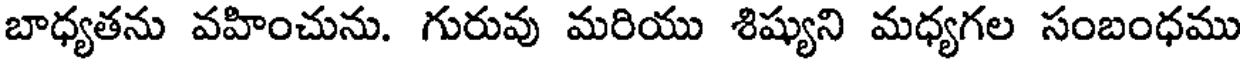
బాధ్యతను వహించును. గురువు మరియు శిష్యుని మధ్యగల సంబంధము